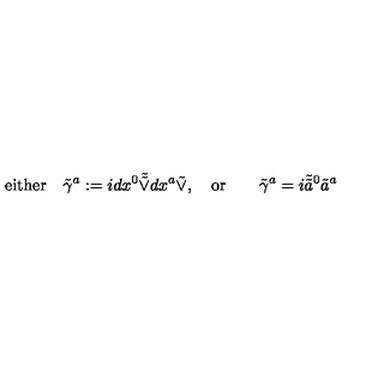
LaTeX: \mathrm { e i t h e r } \quad \tilde { \gamma } ^ { a } : = i d x ^ { 0 } \tilde { \tilde { \vee } } d x ^ { a } \tilde { \vee } , \quad \mathrm { o r } \qquad \tilde { \gamma } ^ { a } = i \tilde { \tilde { a } } { } ^ { 0 } \tilde { a } ^ { a }